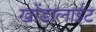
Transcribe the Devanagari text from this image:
खोंडालाईट